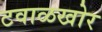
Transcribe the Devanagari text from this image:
टवाळखोर